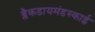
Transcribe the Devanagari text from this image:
ब्लैकडायमंडस्काई